Janeda_(Ambla)_vallavalitsus, lk 21
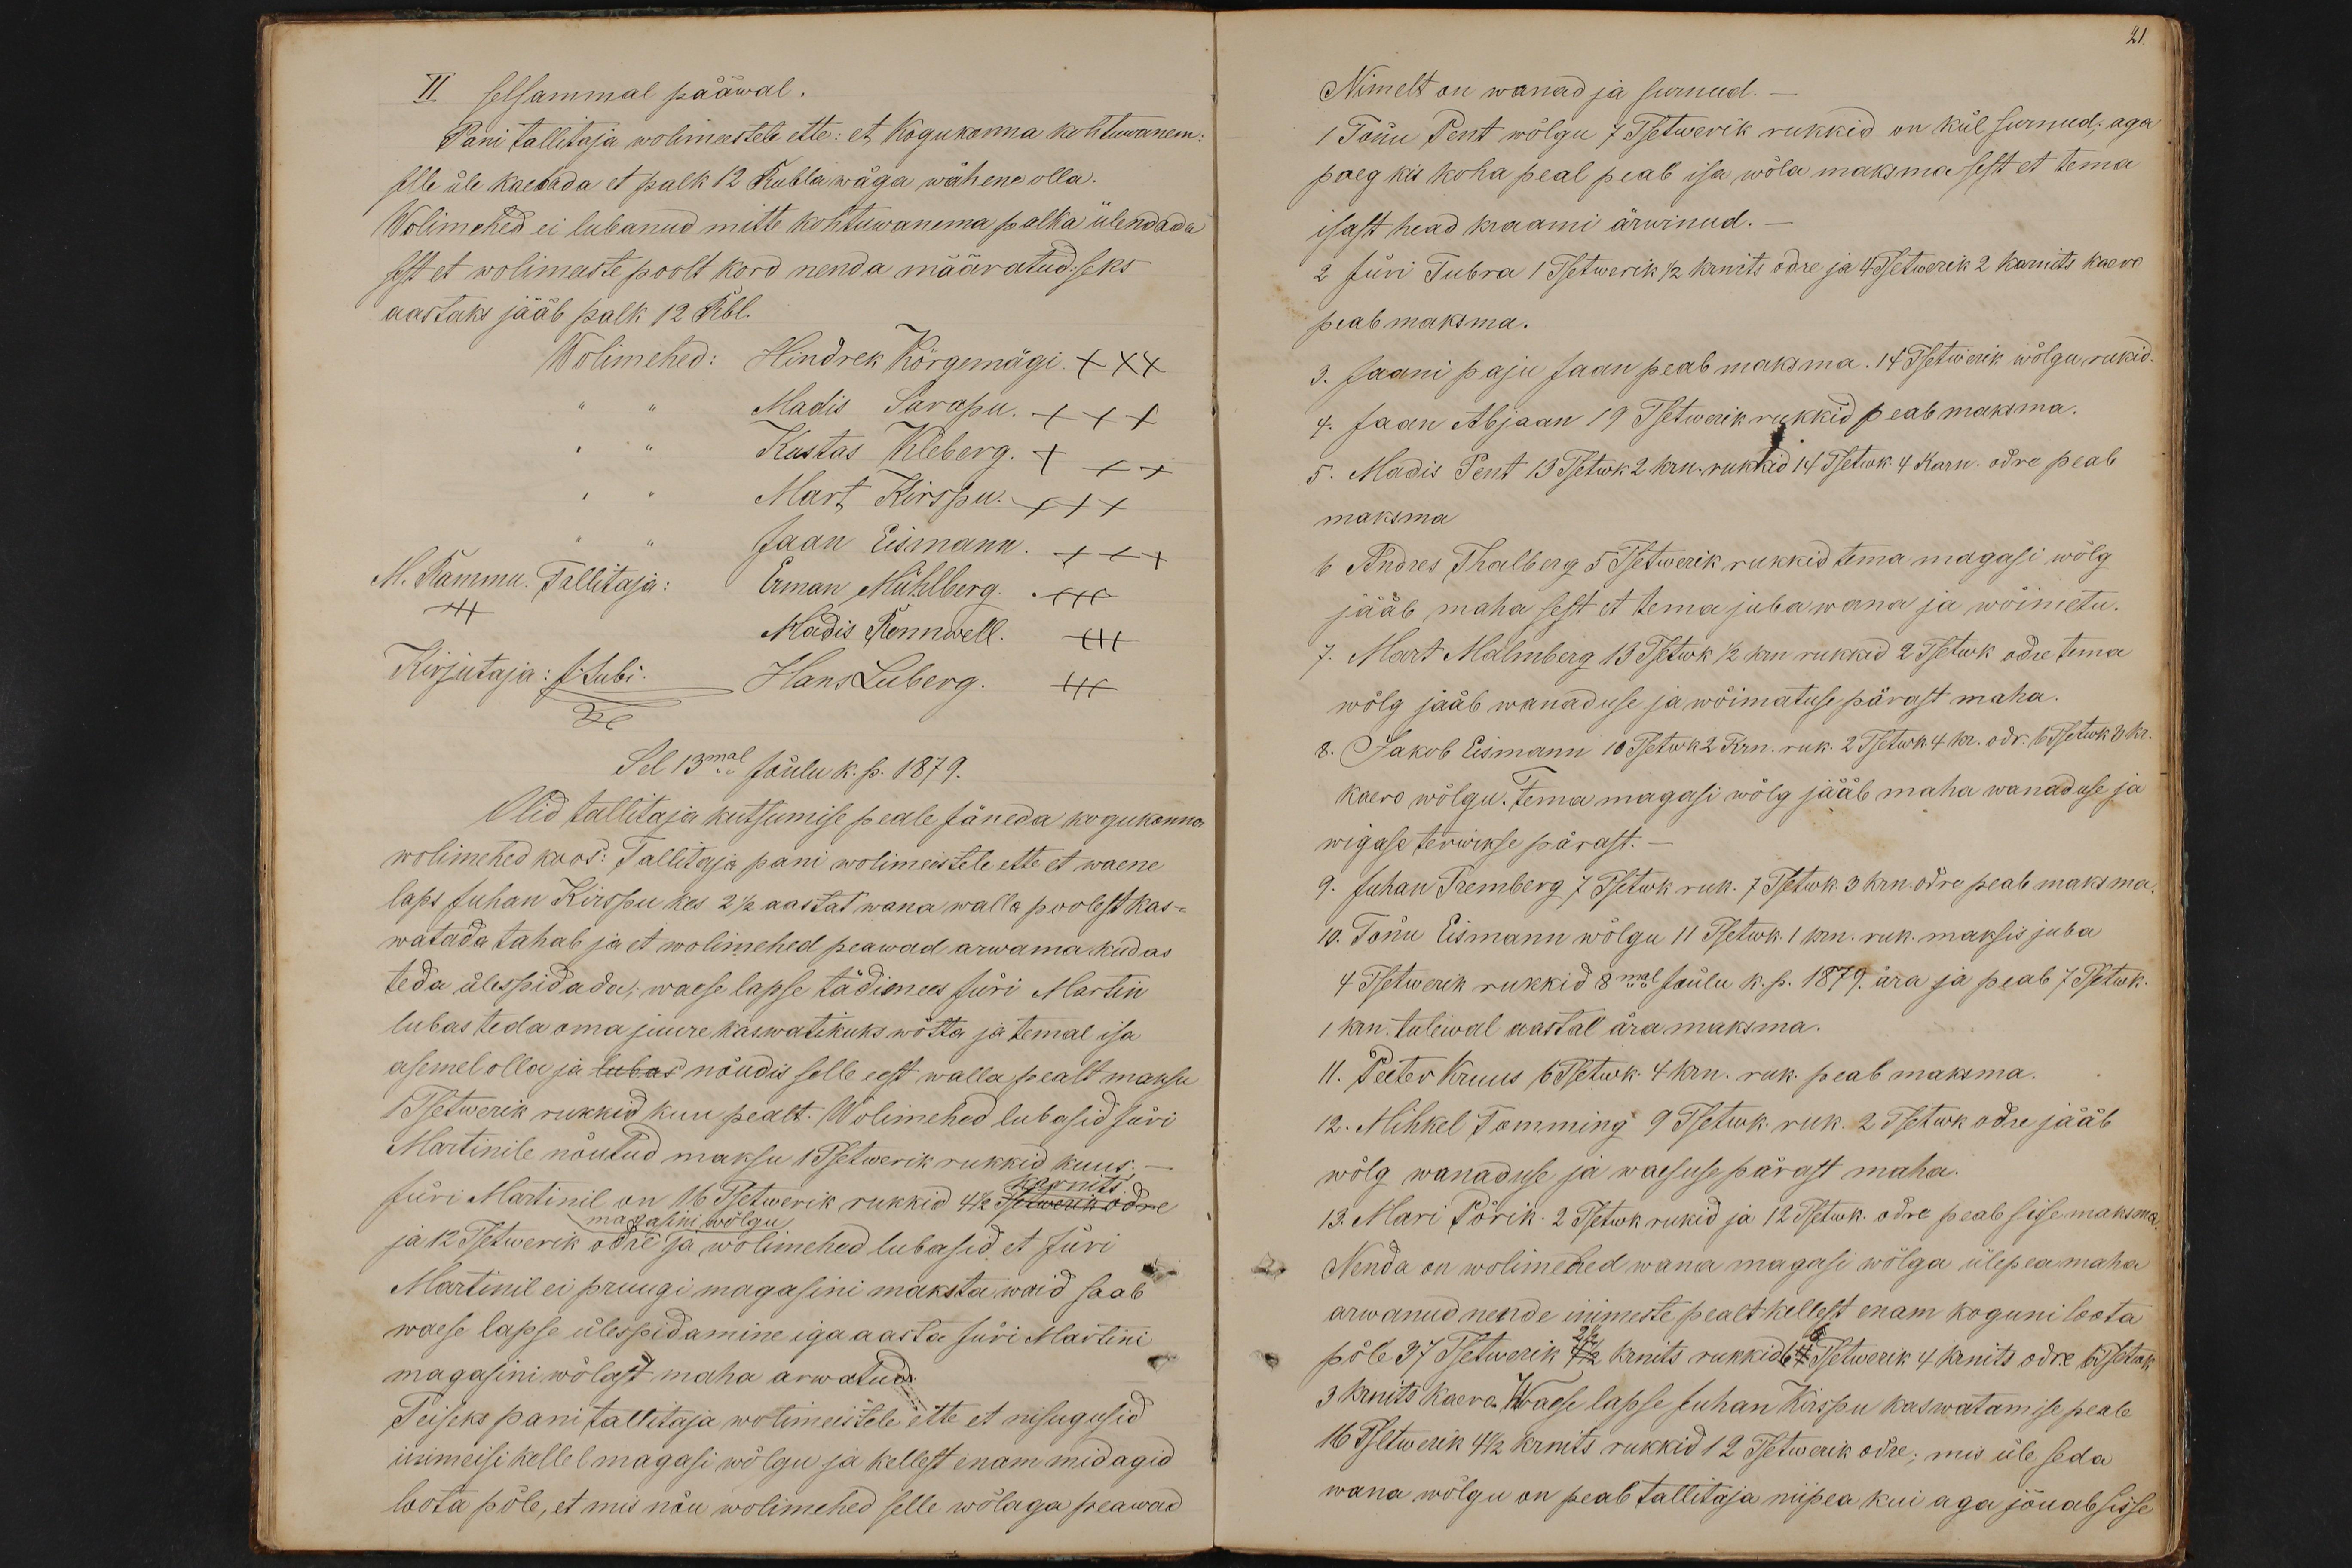
II selsammal pääwal.
Pani tallitaja wolimeestele ette: et Kogukonna kohtuwanem
selle üle kaebada et palk 12 Rubla wäga wähene olla.
Wolimehed ei lubanud mitte kohtuwanema palka ülendada
sest et wolimeeste poolt kord nenda määratud seks
aastaks jääb palk 12 Rbl.
Wolimehed: Hindrek Kõrgemägi XXX
" " Madis Sarapu. XXX
" " Kustas Kleberg XXX
" " Mart Kirspu XXX
M. Rammu. Tallitaja:
Jaan Eismann XXX
Erman Mühlberg +++
+++
Madis Rennwell. +++
Kirjutaja: J. Lubi.
Hans Luberg. +++
Sel 13mal Jõulu k. p. 1879.
Olid tallitaja kutsumise peale Jäneda kogukonna
wolimehed koos: Tallitaja pani wolimeestele ette et waene
laps Juhan Kirspu kes 2 1/2 aastat wana walla poolest kas-
watada tahab ja et wolimehed peawad arwama kudas
teda ülespidada; waese lapse tädimees Jüri Martin
lubas teda oma juure kaswatikuks wõtta ja temal isa
asemel olla ja lubas nõudis selle eest walla pealt maksu
1 Tsetwerik rukkid kuu pealt. Wolimehed lubasid Jüri
Martinile nõutud maksu 15 Tsetwerik rukkid kuus.
karnits.
Jüri Martinil on 16 Tsetwerik rukkid 4 1/2 Tsetwerik odre
magasini wõlgu
ja 12 Tsetwerik odre ja wolimehed lubasid et Jüri
Martinil ei pruugi magasini maksta waid saab
waese lapse ülespidamine iga aasta Jüri Martini
magasini wõlast maha arwatud.
Teiseks pani tallitaja wolimeestele ette et nisugusid
inimeisi kellel magasi wõlgu ja kellest enam midagid
loota põle, et mis nõu wolimehed selle wõlaga peawad

21.
Nimelt on wanad ja surnud.
1 Tõnu Pent wõlgu 7 Tsetwerik rukkid on kül surnud, aga
poeg kis koha peal peab isa wõla maksma sest et tema
isast head kraami ärwinud. -
2 Jüri Tubra 1 Tsetwerik 1/2 krnits odre ja 4 Tsetwerik 2 karnits kaero
peab maksma.
3. Jaanipaju Jaan peab maksma. 14 Tsetwerik wõlgu rukid
4. Jaan Abjaan 19 Tsetwerik rukkid peab maksma.
5. Madis Pent 13 Tsetwk 2 krn. rukkid 14 Tsetwk. 4 karn. odre peab
maksma
6 Andres Thalberg 5 Tsetwerik rukkid tema magasi wõlg
jääb maha sest et tema juba wana ja wõimetu
7. Mart Malmberg 13 Tsetwk 1/2 krn rukkid 2 Tsetwk odre tema
wõlg jääb wanaduse ja wõimatuse pärast maha
8. Jakob Eismann 10. Tsetwk 2. Krn. ruk. 2 Tsetwk. 4 kr. odr. 6. Tsetwk. 3 kr
kaero wõlgu. Tema magasi wõlg jääb maha wanaduse ja
wigase terwikse pärast.
9. Juhan Tremberg 7 Tsetwk ruk. 7 Tsetwk. 3 krn. odre peab maksma
10. Tõnu Eismann wõlgu 11 Tsetwk. 1 krn. ruk. maksis juba
4 Tsetwerik rukkid 8mal Jõulu k. p. 1879. ära ja peab 7 Tsetwk.
1 krn. tulewal aastal ära maksma.
11. Peeter Kruus 6 Tsetwk. 4 krn. ruk. peab maksma.
12. Mihkel Tomming 9 Tsetwk. ruk. 2 Tsetwk odre jääb
wõlg wanaduse ja waesuse pärast maha.
13. Mari Põrik. 2 Tsetwk rukid ja 12 Tsetwk. odre peab sisse maksma
Nenda on wolimehed wana magasi wõlga ülepea maha
arwanud nende inimeste pealt kellest enam koguni loota
16
2 1/2
põle 37 Tsetwerik 4 1/2 krnits rukkid 64 Tsetwerik 4 krnits odre 6 Tsetwerk
3 krnits kaero. Waese lapse Juhan Kirspu kaswatamise peale
16 Tsetwerik 4 1/2 krnits rukkid 12 Tsetwerik odre; mis üle seda
wana wõlgu on peab tallitaja niipea kui aga jõuab sisse